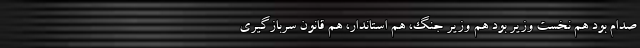
صدام بود هم نخست وزیر بود هم وزیر جنگ، هم استاندار، هم قانون سربازگیری